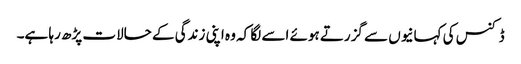
ڈکنس کی کہانیوں سے گزرتے ہوئے اسے لگا کہ وہ اپنی زندگی کے حالات پڑھ رہا ہے۔